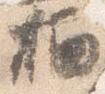
栖